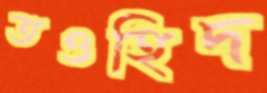
তওহিদ